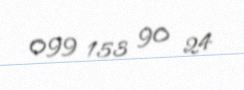
099 153 90 24